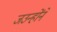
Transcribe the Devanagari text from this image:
जउन्होंने